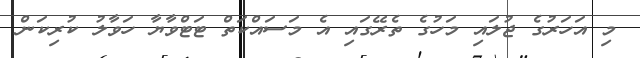
މި އަހަރުގެ ޖުލައި މަހުގެ ތެރޭގައި އެ މަސައްކަތް ޓަޓްވާޔާ ހަވާލު ކުރިކަން